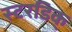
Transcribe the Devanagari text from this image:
स्टरडिक्